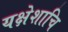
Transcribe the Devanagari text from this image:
यक्षेशाचि